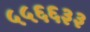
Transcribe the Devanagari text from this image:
५५६६३३